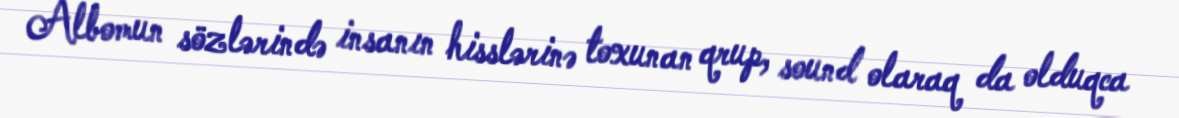
Albomun sözlərində insanın hisslərinə toxunan qrup, sound olaraq da olduqca